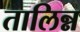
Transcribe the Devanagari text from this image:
तालिन्न